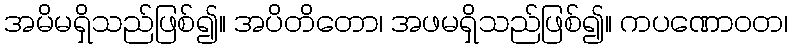
အမိမရှိသည်ဖြစ်၍။ အပိတိတော၊ အဖမရှိသည်ဖြစ်၍။ ကပဏောဝတ၊